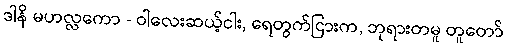
ဒါနိ မဟလ္လကော - ဝါလေးဆယ့်ငါး, ရေတွက်ငြားက, ဘုရားတမူ တူတော်